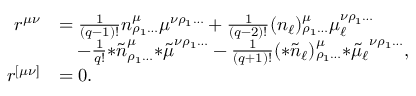
\begin{array} { r l } { r ^ { \mu \nu } } & { = \frac { 1 } { ( q - 1 ) ! } n ^ { \mu } _ { \rho _ { 1 } \ldots } \mu ^ { \nu \rho _ { 1 } \ldots } + \frac { 1 } { ( q - 2 ) ! } ( n _ { \ell } ) ^ { \mu } _ { \rho _ { 1 } \ldots } \mu _ { \ell } ^ { \nu \rho _ { 1 } \ldots } } \\ & { \quad - \frac { 1 } { q ! } { * \tilde { n } } ^ { \mu } _ { \rho _ { 1 } \ldots } { * \tilde { \mu } } ^ { \nu \rho _ { 1 } \ldots } - \frac { 1 } { ( q + 1 ) ! } ( { * \tilde { n } _ { \ell } } ) ^ { \mu } _ { \rho _ { 1 } \ldots } { * \tilde { \mu } _ { \ell } } ^ { \nu \rho _ { 1 } \ldots } , } \\ { r ^ { [ \mu \nu ] } } & { = 0 . } \end{array}